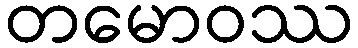
တမောဝဿ